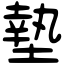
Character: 墊